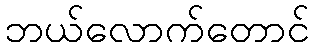
ဘယ်လောက်တောင်